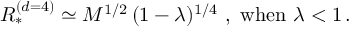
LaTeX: R _ { * } ^ { ( d = 4 ) } \simeq M ^ { 1 / 2 } \, ( 1 - \lambda ) ^ { 1 / 4 } \ , \ \mathrm { w h e n } \ \lambda < 1 \, .